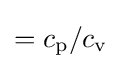
=c_{\text{p}}/c_{\text{v}}